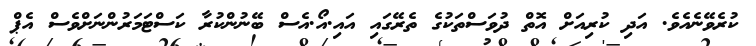
ކުރެވޭނެއެވެ. އަދި ކުރިއަށް އޮތް ދުވަސްތަކުގެ ތެރޭގައި އައި.އޯ.އެސް ބޭނުންކުރާ ކަސްޓަމަރުންނަށްވެސް އެޕް